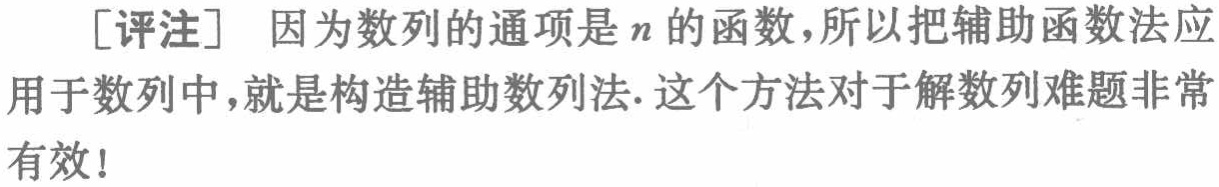
[评注] 因为数列的通项是\(n\)的函数，所以把辅助函数法应用于数列中，就是构造辅助数列法. 这个方法对于解数列难题非常有效!